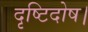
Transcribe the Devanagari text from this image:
दृष्टिदोष।